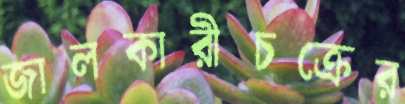
জালকারীচক্রের